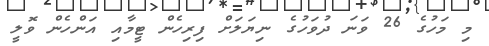
މި މަހުގެ 26 ވަނަ ދުވަހުގެ ނިޔަލަށް ފިރިހެން ޓީމާއި އަންހެން ވޮލީ